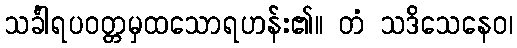
သင်္ခါရပဝတ္တမှထသောရဟန်း၏။ တံ သဒိသေနေဝ၊